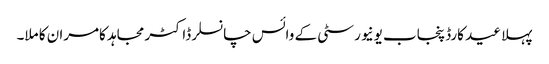
پہلا عید کارڈ پنجاب یونیورسٹی کے وائس چانسلر ڈاکٹر مجاہد کامران کا ملا۔